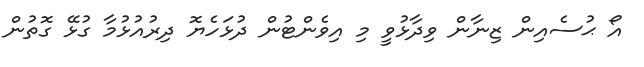
އޯ ޙުސެއިން ޒިނާން ވިދާޅުވީ މި އިވެންޓުން ދުޅަހެޔޮ ދިރުއުޅުމާ ގުޅޭ ގޮތުން